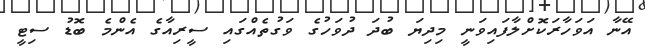
އޭނާ އަވަހާރަކޮށްލާފައިވަނީ މިދިޔަ ބުދަ ދުވަހުގެ ވަގުތެއްގައި ސީރިއާގެ އެންމެ ބޮޑު ސިޓީ